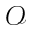
\mathcal { O }